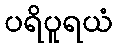
ပရိပူရယံ